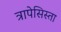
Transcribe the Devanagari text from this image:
त्रापेसिस्ता